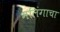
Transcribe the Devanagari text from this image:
मलिंगाचा